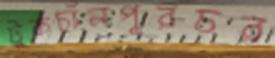
টুকচাঁনপুরচর